Document type: Sale
Year: 1461
Scribe: [Unknown]
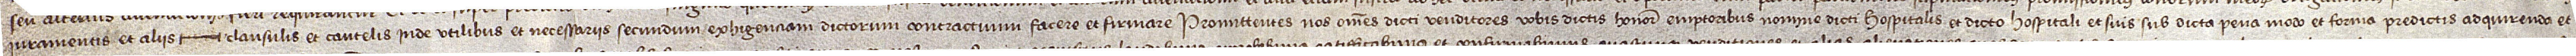
iuramentis et aliis  clausulis et cautelis inde utilibus et necessariis secundum exhigenciam dictorum contractuum facere et firmare. Promittentes nos omnes dicti venditores vobis dictis honorabilibus emptoribus nomine dicti hospitalis et dicto hospitali et suis sub dicta pena, modo et forma predictis adquirendo et